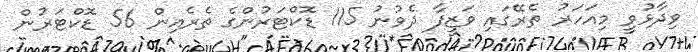
ވިދާޅުވީ މިއަހަރު ތެރޭގައި ވަޒީފާ ދެވުނު 115 ޑޮކްޓަރުންގެ ތެރެއިން 56 ޑޮކްޓަރުން